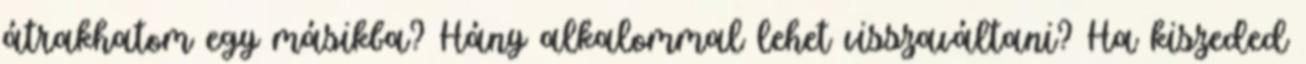
átrakhatom egy másikba? Hány alkalommal lehet visszaváltani? Ha kiszeded